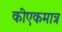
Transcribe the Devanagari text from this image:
कीएकमात्र